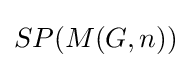
SP(M(G,n))